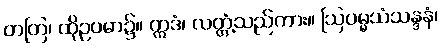
တတြ၊ ထိုဥပမာ၌။ ဣဒံ၊ လတ္တံ့သည်ကား။ ဩပမ္မသံသန္ဒနံ၊